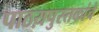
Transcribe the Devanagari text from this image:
पाठय़पुस्तकांचे